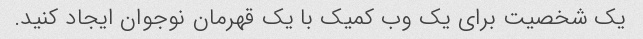
یک شخصیت برای یک وب کمیک با یک قهرمان نوجوان ایجاد کنید.